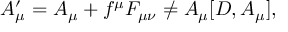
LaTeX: A _ { \mu } ^ { \prime } = A _ { \mu } + f ^ { \mu } F _ { \mu \nu } \not = A _ { \mu } [ D , A _ { \mu } ] ,